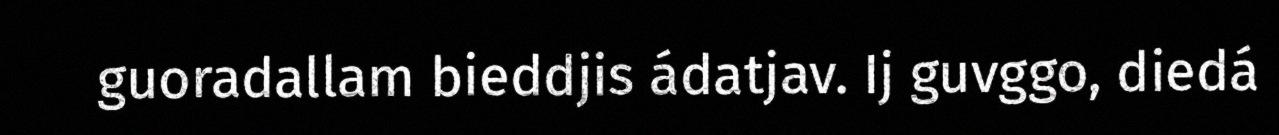
guoradallam bieddjis ádatjav. Ij guvggo, diedá